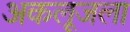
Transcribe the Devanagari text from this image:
अकलूजला